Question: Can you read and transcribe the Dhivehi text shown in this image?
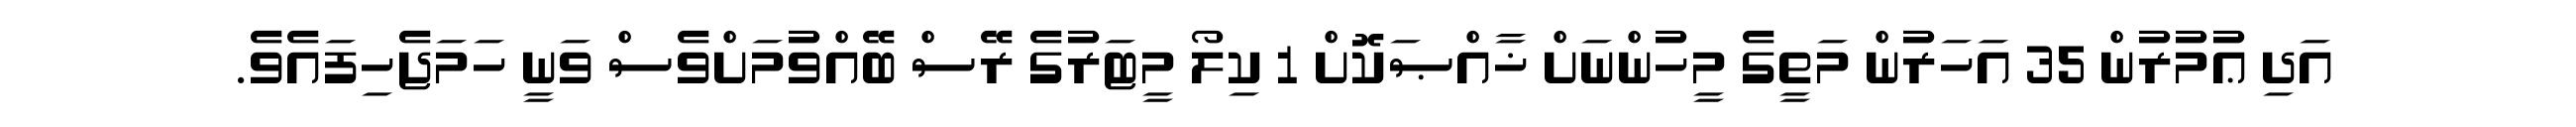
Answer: އަދި ޢުމުރުން 35 އަހަރުން މަތީގެ މީހުންނަށް ޚާއްޞަކޮށް 1 ކިލޯ މީޓަރުގެ ރޭސް ބޭއްވުމަށްވެސް ވަނީ ހަމަޖެހިފައެވެ.